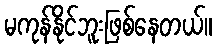
မကုန်နိုင်ဘူးဖြစ်နေတယ်။